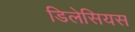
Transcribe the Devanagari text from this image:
डिलेसियस